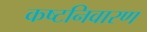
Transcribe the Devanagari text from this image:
कष्टनिवारण